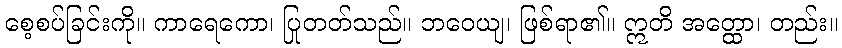
စေ့စပ်ခြင်းကို။ ကာရေကော၊ ပြုတတ်သည်။ ဘဝေယျ၊ ဖြစ်ရာ၏။ ဣတိ အတ္ထော၊ တည်း။